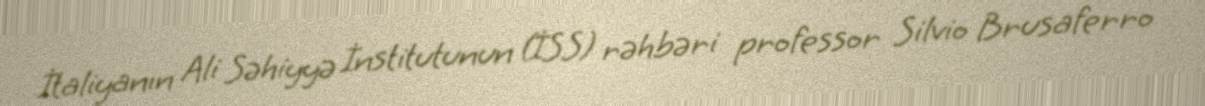
İtaliyanın Ali Səhiyyə İnstitutunun (İSS) rəhbəri professor Silvio Brusaferro